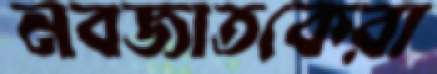
নবজাতকেরা